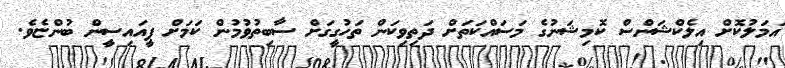
އަމަލުކޮށް އިލެކްޝަންސް ކޮމިޝަނުގެ މަސައްކަތަށް ދަތިވިކަން ތަހުގީގަށް ސާބިތުވުމުން ކަމަށް ޕީއައިސީން ބުންޏެވެ.